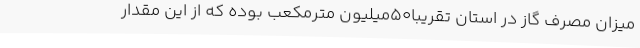
میزان مصرف گاز در استان تقریبا50میلیون مترمکعب بوده که از این مقدار